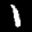
Label: 1